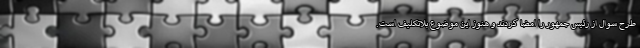
طرح سوال از رئیس جمهور را امضا کردند و هنوز این موضوع بلاتکلیف است.